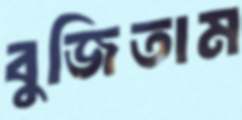
বুজিতাম